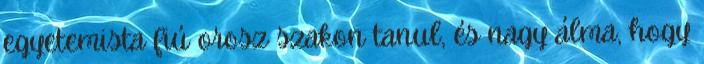
egyetemista fiú orosz szakon tanul, és nagy álma, hogy